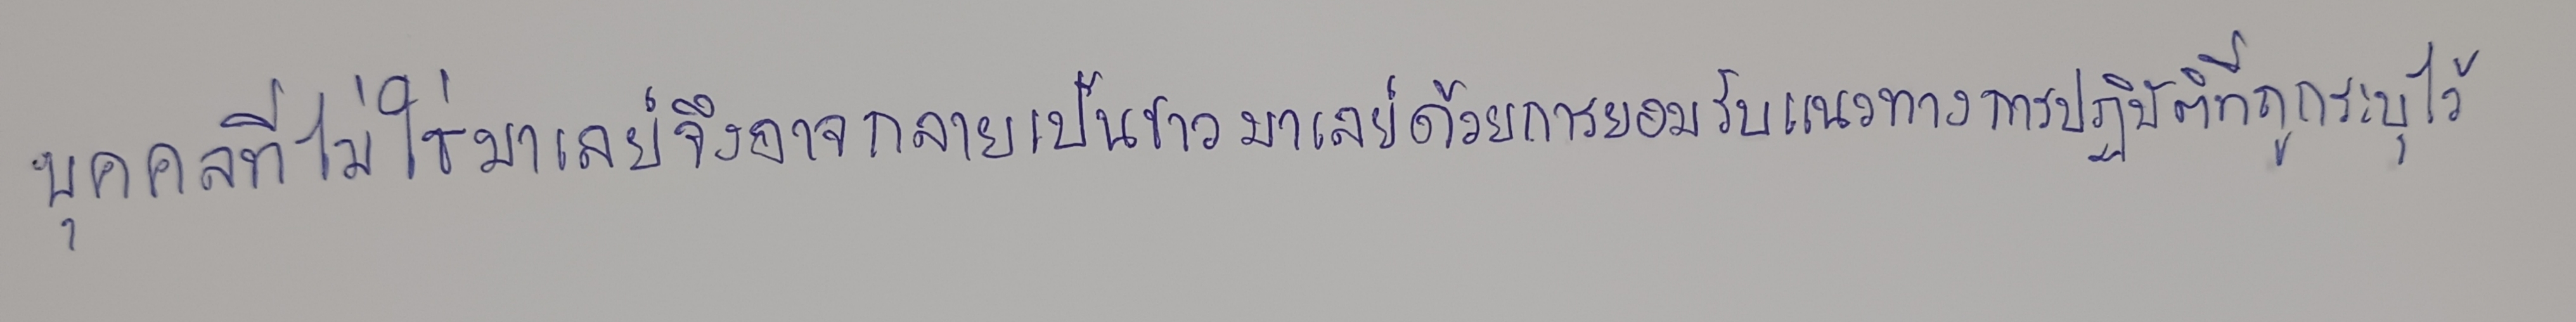
บุคคลที่ไม่ใช่มาเลย์จึงอาจกลายเป็นชาวมาเลย์ด้วยการยอมรับแนวทางการปฏิบัติที่ถูกระบุไว้